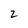
Character: 2